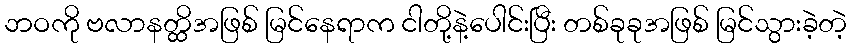
ဘဝကို ဗလာနတ္ထိအဖြစ် မြင်နေရာက ငါတို့နဲ့ပေါင်းပြီး တစ်ခုခုအဖြစ် မြင်သွားခဲ့တဲ့